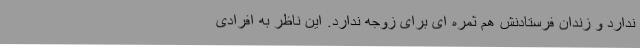
ندارد و زندان فرستادنش هم ثمره ای برای زوجه ندارد. این ناظر به افرادی